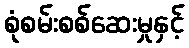
စုံစမ်းစစ်ဆေးမှုနှင့်